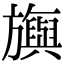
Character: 旟